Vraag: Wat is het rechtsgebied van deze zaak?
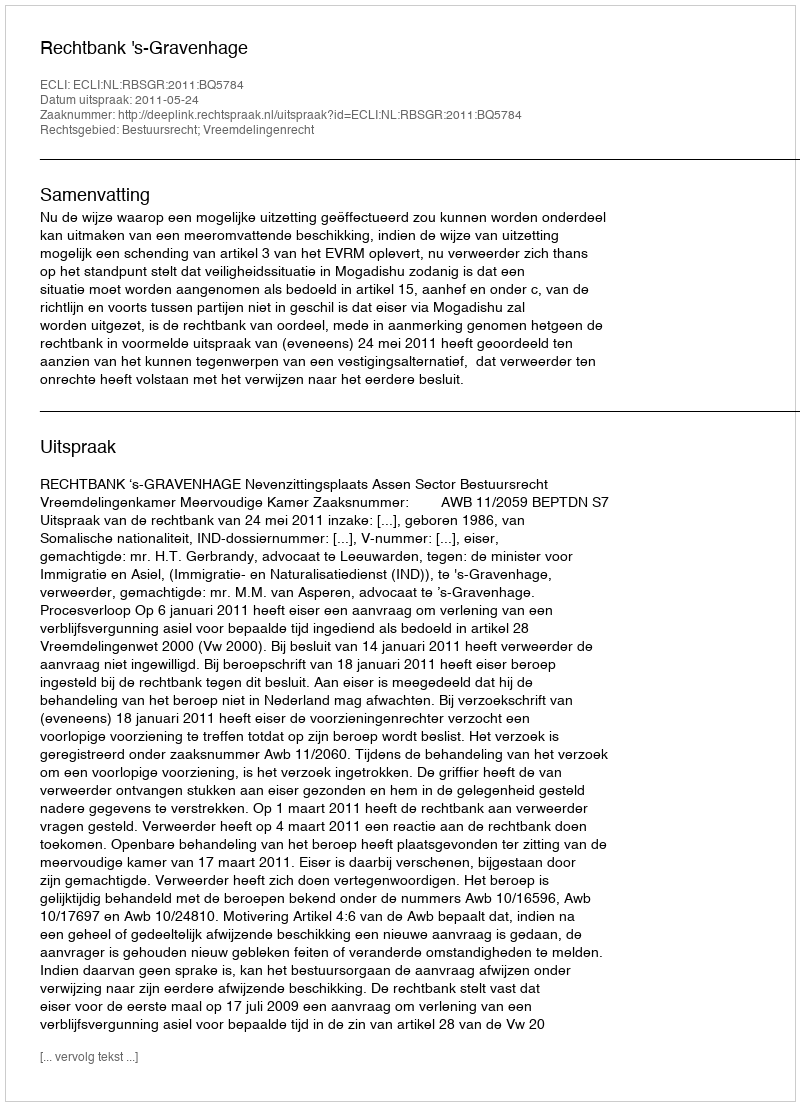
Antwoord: Bestuursrecht; Vreemdelingenrecht